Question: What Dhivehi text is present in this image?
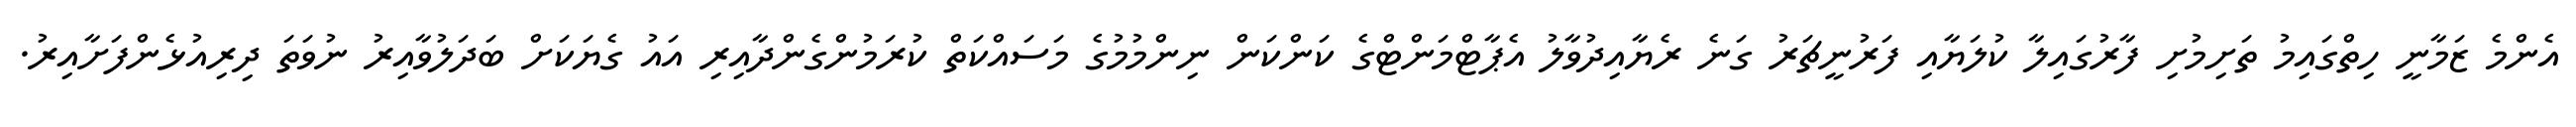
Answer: އެންމެ ޒަމާނީ ހިތްގައިމު ތަށިމުށި ފާރުގައިލާ ކުލަޔާއި ފަރުނީޗަރު ގަނެ ރެޔާއިދުވާލު އެޕާޓްމަންޓްގެ ކަންކަން ނިންމުމުގެ މަސައްކަތް ކުރަމުންގެންދާއިރި އައު ގެޔަކަށް ބަދަލުވާއިރު ނުވަތަ ދިރިއުޅެންފަށާއިރު.